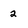
Character: 2